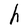
Character: h